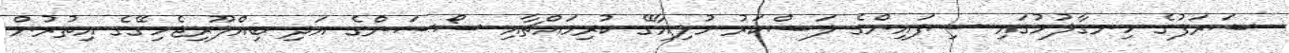
ޝަރަފުގެ ހިނގާލުމުގައި ސިފައިންގެ ލަޝްކަރު މުލިއާގޭ ކުރިމައްޗާއި ސޯސަންގެ އަދި ބިއްލޫރިޖެހިގޭގެ އިތުރުން